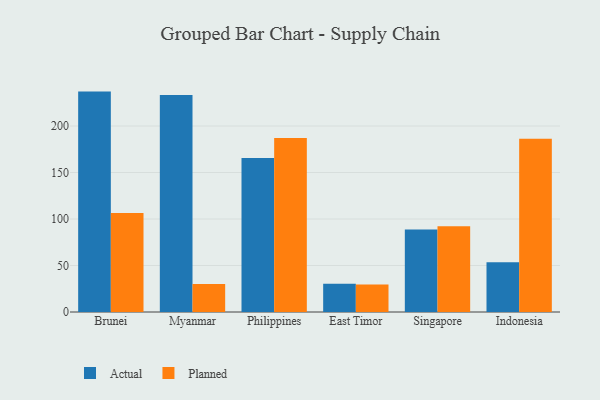
{"axis": {"x": "Country", "y": "Population (Million)"}, "legend": ["Actual", "Planned"], "data": [{"x": "Brunei", "y": 237.0, "type": "Actual"}, {"x": "Brunei", "y": 106.4, "type": "Planned"}, {"x": "Myanmar", "y": 233.4, "type": "Actual"}, {"x": "Myanmar", "y": 30.0, "type": "Planned"}, {"x": "Philippines", "y": 165.7, "type": "Actual"}, {"x": "Philippines", "y": 187.0, "type": "Planned"}, {"x": "East Timor", "y": 30.5, "type": "Actual"}, {"x": "East Timor", "y": 29.6, "type": "Planned"}, {"x": "Singapore", "y": 88.7, "type": "Actual"}, {"x": "Singapore", "y": 92.3, "type": "Planned"}, {"x": "Indonesia", "y": 53.5, "type": "Actual"}, {"x": "Indonesia", "y": 186.4, "type": "Planned"}]}